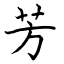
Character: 芳